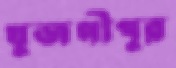
খুজগীপুর